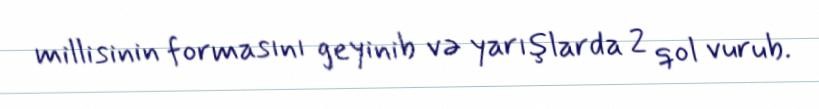
millisinin formasını geyinib və yarışlarda 2 qol vurub.